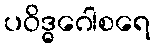
ပဝိဒ္ဓဂေါစရေ